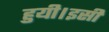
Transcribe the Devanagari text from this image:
हुयी।इसी